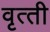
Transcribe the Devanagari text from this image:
वृत्‍ती